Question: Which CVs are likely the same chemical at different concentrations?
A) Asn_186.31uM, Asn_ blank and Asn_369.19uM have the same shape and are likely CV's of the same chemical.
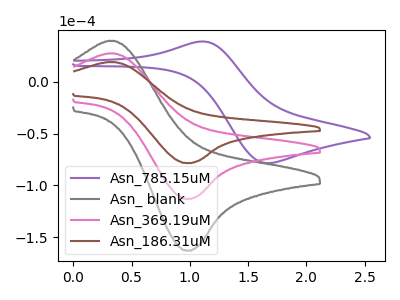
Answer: <think>The purple curve "Asn_785.15uM" has an anodic peak at (1.10V, 38.95uA) and a cathodic peak at (1.65V, -78.60uA). The gray curve "Asn_ blank" has an anodic peak at (0.35V, 54.75uA) and a cathodic peak at (1.00V, -226.30uA). The pink curve "Asn_369.19uM" has an anodic peak at (0.35V, 27.35uA) and a cathodic peak at (1.00V, -113.15uA). The brown curve "Asn_186.31uM" has an anodic peak at (0.35V, 19.00uA) and a cathodic peak at (1.00V, -78.50uA).
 "Asn_785.15uM" and "Asn_ blank" have at least one peak that do not match. "Asn_785.15uM" and "Asn_369.19uM" have at least one peak that do not match. "Asn_785.15uM" and "Asn_186.31uM" have at least one peak that do not match. All the peaks in "Asn_ blank" have a peak in "Asn_369.19uM" at the same potential. Every peak in "Asn_ blank" is higher than every peak in "Asn_369.19uM". All the peaks in "Asn_ blank" have a peak in "Asn_186.31uM" at the same potential. Every peak in "Asn_ blank" is higher than every peak in "Asn_186.31uM". All the peaks in "Asn_369.19uM" have a peak in "Asn_186.31uM" at the same potential. Every peak in "Asn_369.19uM" is higher than every peak in "Asn_186.31uM".</think>
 <answer>A) "Asn_186.31uM", "Asn_ blank" and "Asn_369.19uM" have the same shape and are likely CV's of the same chemical.</answer>
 <eval>A</eval>